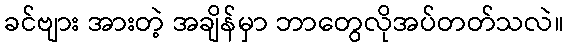
ခင်ဗျား အားတဲ့ အချိန်မှာ ဘာတွေလိုအပ်တတ်သလဲ။